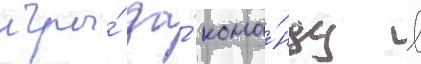
игры́ за́ кома́нду в